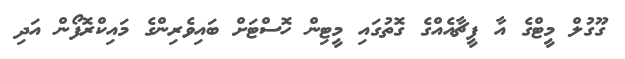
ގޫގުލް މީޓްގެ އާ ފީޗާއެއްގެ ގޮތުގައި މީޓިން ހޮސްޓަށް ބައިވެރިންގެ މައިކްރޮފޯން އަދި